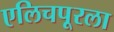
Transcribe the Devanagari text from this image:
एलिचपूरला